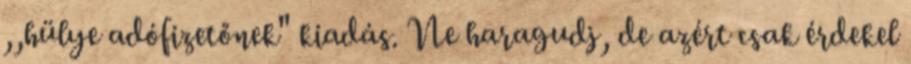
,,hülye adófizetőnek" kiadás. Ne haragudj, de azért csak érdekel